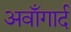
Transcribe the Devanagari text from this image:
अवाँगार्द